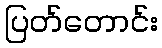
ပြတ်တောင်း